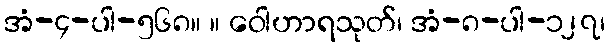
အံ-၄-ပါ-၅၆၈။ ။ ဝေါဟာရသုတ်၊ အံ-၈-ပါ-၁၂၇၊